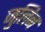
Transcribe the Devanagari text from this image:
जुलिन